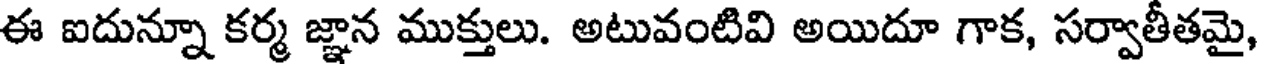
ఈ ఐదున్నూ కర్మ జ్ఞాన ముక్తులు. అటువంటివి అయిదూ గాక, సర్వాతీతమై,